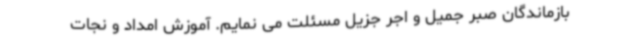
بازماندگان صبر جمیل و اجر جزیل مسئلت می نمایم. آموزش امداد و نجات